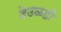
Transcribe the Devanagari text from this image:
देउळही